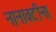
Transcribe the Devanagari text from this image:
नानावटींना